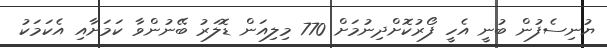
ޔުނިސެފުން ބުނީ އެހީ ފޯރުކޮށްދިނުމަށް 770 މިލިއަން ޑޮލަރު ބޭނުންވާ ކަމަށާއި އެކަމަކު